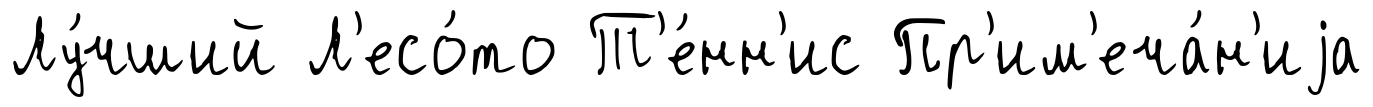
Лу́чший Л'есо́то Т'е́нн'ис Пр'им'еча́н'иjа